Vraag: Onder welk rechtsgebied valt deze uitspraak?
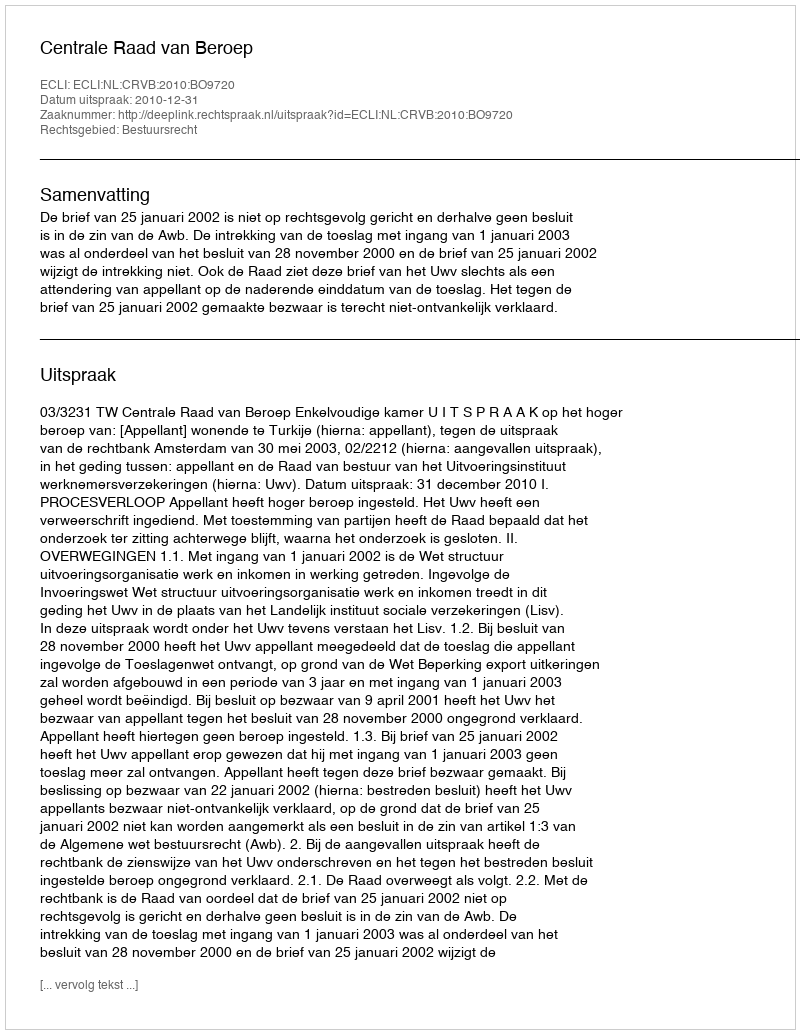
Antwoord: Bestuursrecht